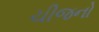
ચીજનો